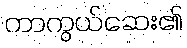
ကာကွယ်ဆေး၏